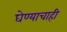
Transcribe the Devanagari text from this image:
घेण्याचाही